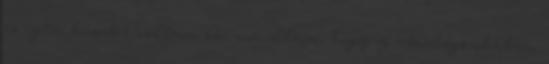
és igen büszke voltam rá, mondtam, hogy a vendégszobában